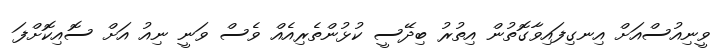
ވީނިއުސްއަށް އިނގިފައިވާގޮތުން އިތުރު ބިދޭސީ ކުޅުންތެރިއެއް ވެސް ވަނީ ނިއު އަށް ސޮއިކޮށްފަ